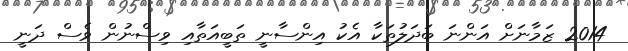
2014 ޒަމާނަށް އަންނަ ބަދަލުތަކާ އެކު އިންސާނީ ތަބީއަތާއި ވިސްނުން ވެސް ދަނީ